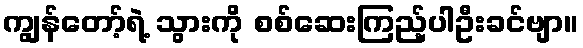
ကျွန်တော့်ရဲ့ သွားကို စစ်ဆေးကြည့်ပါဦးခင်ဗျာ။